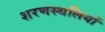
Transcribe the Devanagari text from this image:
शरणस्थलियों